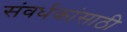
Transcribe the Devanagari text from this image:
संवर्धकांसाठी